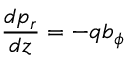
\displaystyle { \frac { d p _ { r } } { d z } = - q b _ { \phi } }